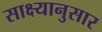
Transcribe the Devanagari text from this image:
साक्ष्यानुसार